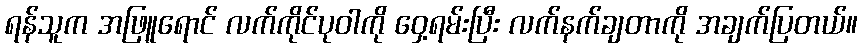
ရန်သူက အဖြူရောင် လက်ကိုင်ပုဝါကို ဝှေ့ရမ်းပြီး လက်နက်ချတာကို အချက်ပြတယ်။